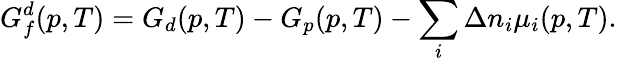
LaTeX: G_{f}^{d}(p,T)=G_{d}(p,T)-G_{p}(p,T)-\sum_{i}\Delta n_{i}\mu_{i}(p,T).